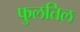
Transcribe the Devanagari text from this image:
फुलतिल